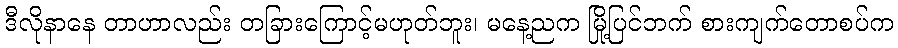
ဒီလိုနာနေ တာဟာလည်း တခြားကြောင့်မဟုတ်ဘူး၊ မနေ့ညက မြို့ပြင်ဘက် စားကျက်တောစပ်က